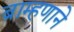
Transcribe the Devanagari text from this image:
ब्राम्हणाने